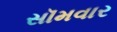
સૉમવાર